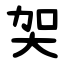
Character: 㚙